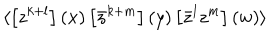
\langle \left[ z ^ { k + l } \right] ( x ) \left[ \bar { z } ^ { k + m } \right] ( y ) \left[ \bar { z } ^ { l } z ^ { m } \right] ( w ) \rangle